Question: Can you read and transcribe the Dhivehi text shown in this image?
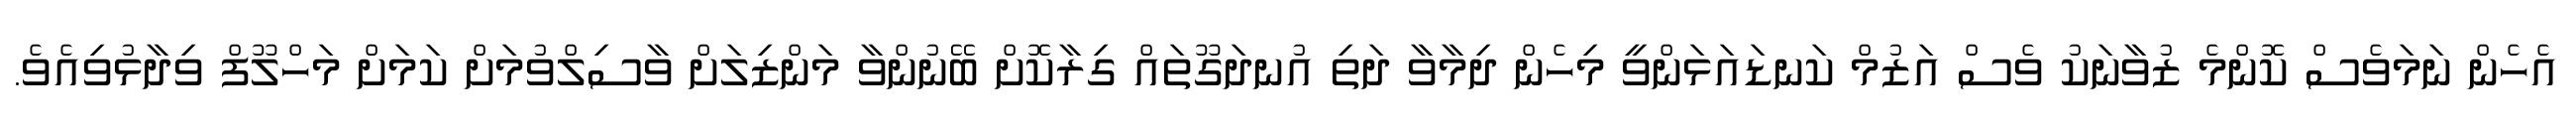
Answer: އެހެން ނަމަވެސް ކޮންމެ ޒުވާނަކު ވެސް އަޒުމް ކަނޑައަޅަންވީ މިހެން ދިމާވާ ދަތި އުނދަގޫތައް ގިރާކޮށް ބޭނުންވާ މަންޒިލަށް ވާސިލްވުމަށް ކަމަށް މަހްލޫފް ވިދާޅުވިއެވެ.